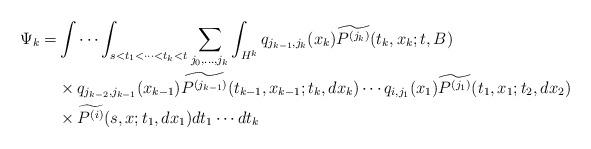
LaTeX: \begin{align*}\Psi_k =& \int\cdots\int_{s<t_1<\cdots<t_k<t} \sum_{j_0,\dots,j_k}\int_{H^k} q_{j_{k-1},j_{k}}(x_k)\widetilde{P^{(j_k)}}(t_k,x_k;t,B) \\&\times q_{j_{k-2},j_{k-1}}(x_{k-1})\widetilde{P^{(j_{k-1})}}(t_{k-1},x_{k-1};t_{k},dx_{k})\cdots q_{i,j_{1}}(x_{1})\widetilde{P^{(j_1)}}(t_{1},x_{1};t_{2},dx_{2}) \\&\times \widetilde{P^{(i)}}(s,x;t_1,dx_1)dt_1\cdots dt_k\end{align*}